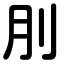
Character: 刖